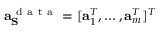
\mathbf { a } _ { \mathbf { S } } ^ { \mathrm { ~ d ~ a ~ t ~ a ~ } } = [ \mathbf { a } _ { 1 } ^ { T } , \hdots , \mathbf { a } _ { m } ^ { T } ] ^ { T }